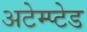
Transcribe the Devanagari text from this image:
अटेम्प्टेड